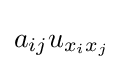
a_{ij}u_{x_{i}x_{j}}